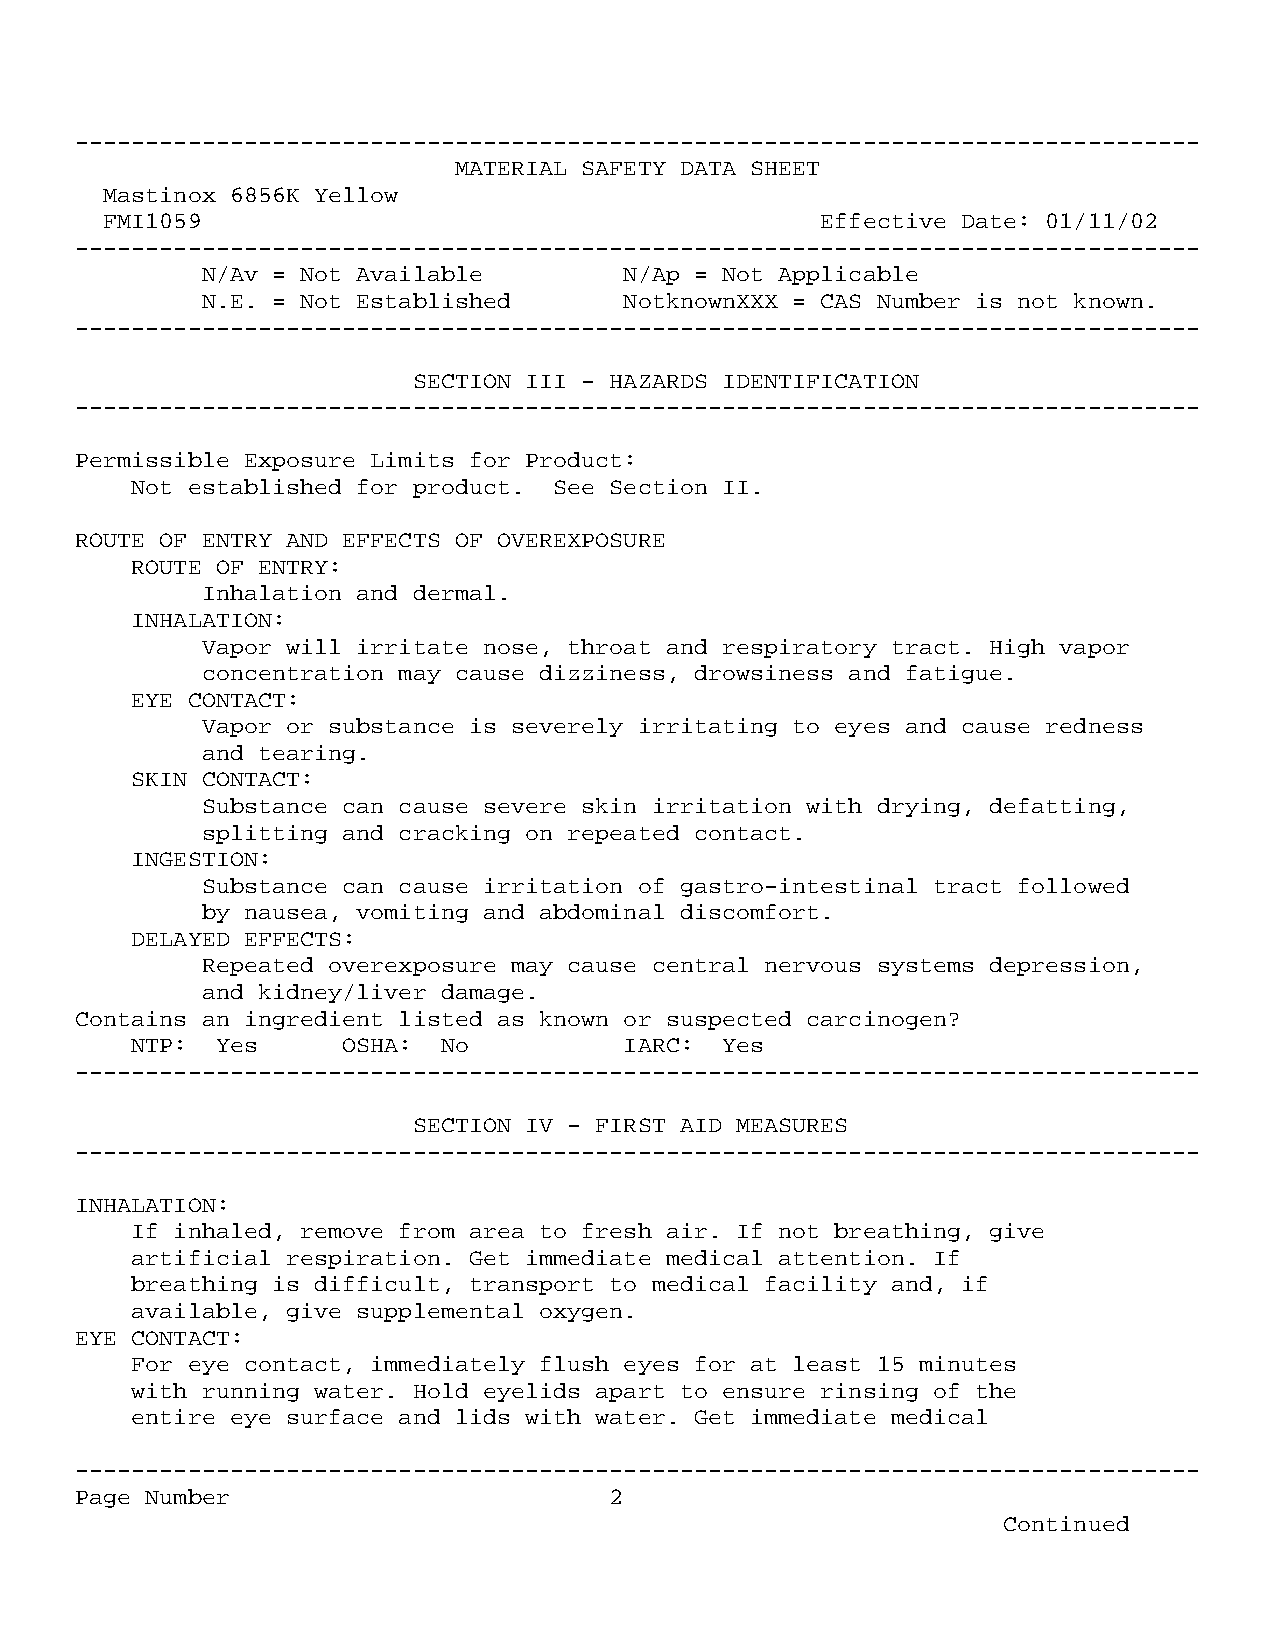
--------------------------------------------------------------------------------
 MATERIAL SAFETY DATA SHEET
 Mastinox 6856K Yellow
 FMI1059                                        Effective Date: 01/11/02
 --------------------------------------------------------------------------------
 N/Av = Not Available        N/Ap = Not Applicable
 N.E. = Not Established      NotknownXXX = CAS Number is not known.
 --------------------------------------------------------------------------------
 SECTION III - HAZARDS IDENTIFICATION
 --------------------------------------------------------------------------------
 Permissible Exposure Limits for Product:
 Not established for product. See Section II.
 ROUTE OF ENTRY AND EFFECTS OF OVEREXPOSURE
 ROUTE OF ENTRY:
 Inhalation and dermal.
 INHALATION:
 Vapor will irritate nose, throat and respiratory tract. High vapor
 concentration may cause dizziness, drowsiness and fatigue.
 EYE CONTACT:
 Vapor or substance is severely irritating to eyes and cause redness
 and tearing.
 SKIN CONTACT:
 Substance can cause severe skin irritation with drying, defatting,
 splitting and cracking on repeated contact.
 INGESTION:
 Substance can cause irritation of gastro-intestinal tract followed
 by nausea, vomiting and abdominal discomfort.
 DELAYED EFFECTS:
 Repeated overexposure may cause central nervous systems depression,
 and kidney/liver damage.
 Contains an ingredient listed as known or suspected carcinogen?
 NTP: Yes      OSHA: No          IARC:  Yes
 --------------------------------------------------------------------------------
 SECTION IV - FIRST AID MEASURES
 --------------------------------------------------------------------------------
 INHALATION:
 If inhaled, remove from area to fresh air. If not breathing, give
 artificial respiration. Get immediate medical attention. If
 breathing is difficult, transport to medical facility and, if
 available, give supplemental oxygen.
 EYE CONTACT:
 For eye contact, immediately flush eyes for at least 15 minutes
 with running water. Hold eyelids apart to ensure rinsing of the
 entire eye surface and lids with water. Get immediate medical
 --------------------------------------------------------------------------------
 Page Number                        2
 Continued